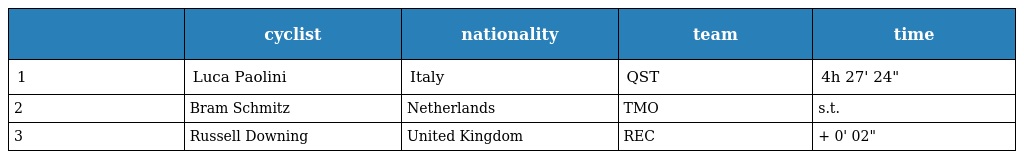
|  | cyclist | nationality | team | time |
 | --- | --- | --- | --- | --- |
 | 1 | Luca Paolini | Italy | QST | 4h 27' 24" |
 | 2 | Bram Schmitz | Netherlands | TMO | s.t. |
 | 3 | Russell Downing | United Kingdom | REC | + 0' 02" |